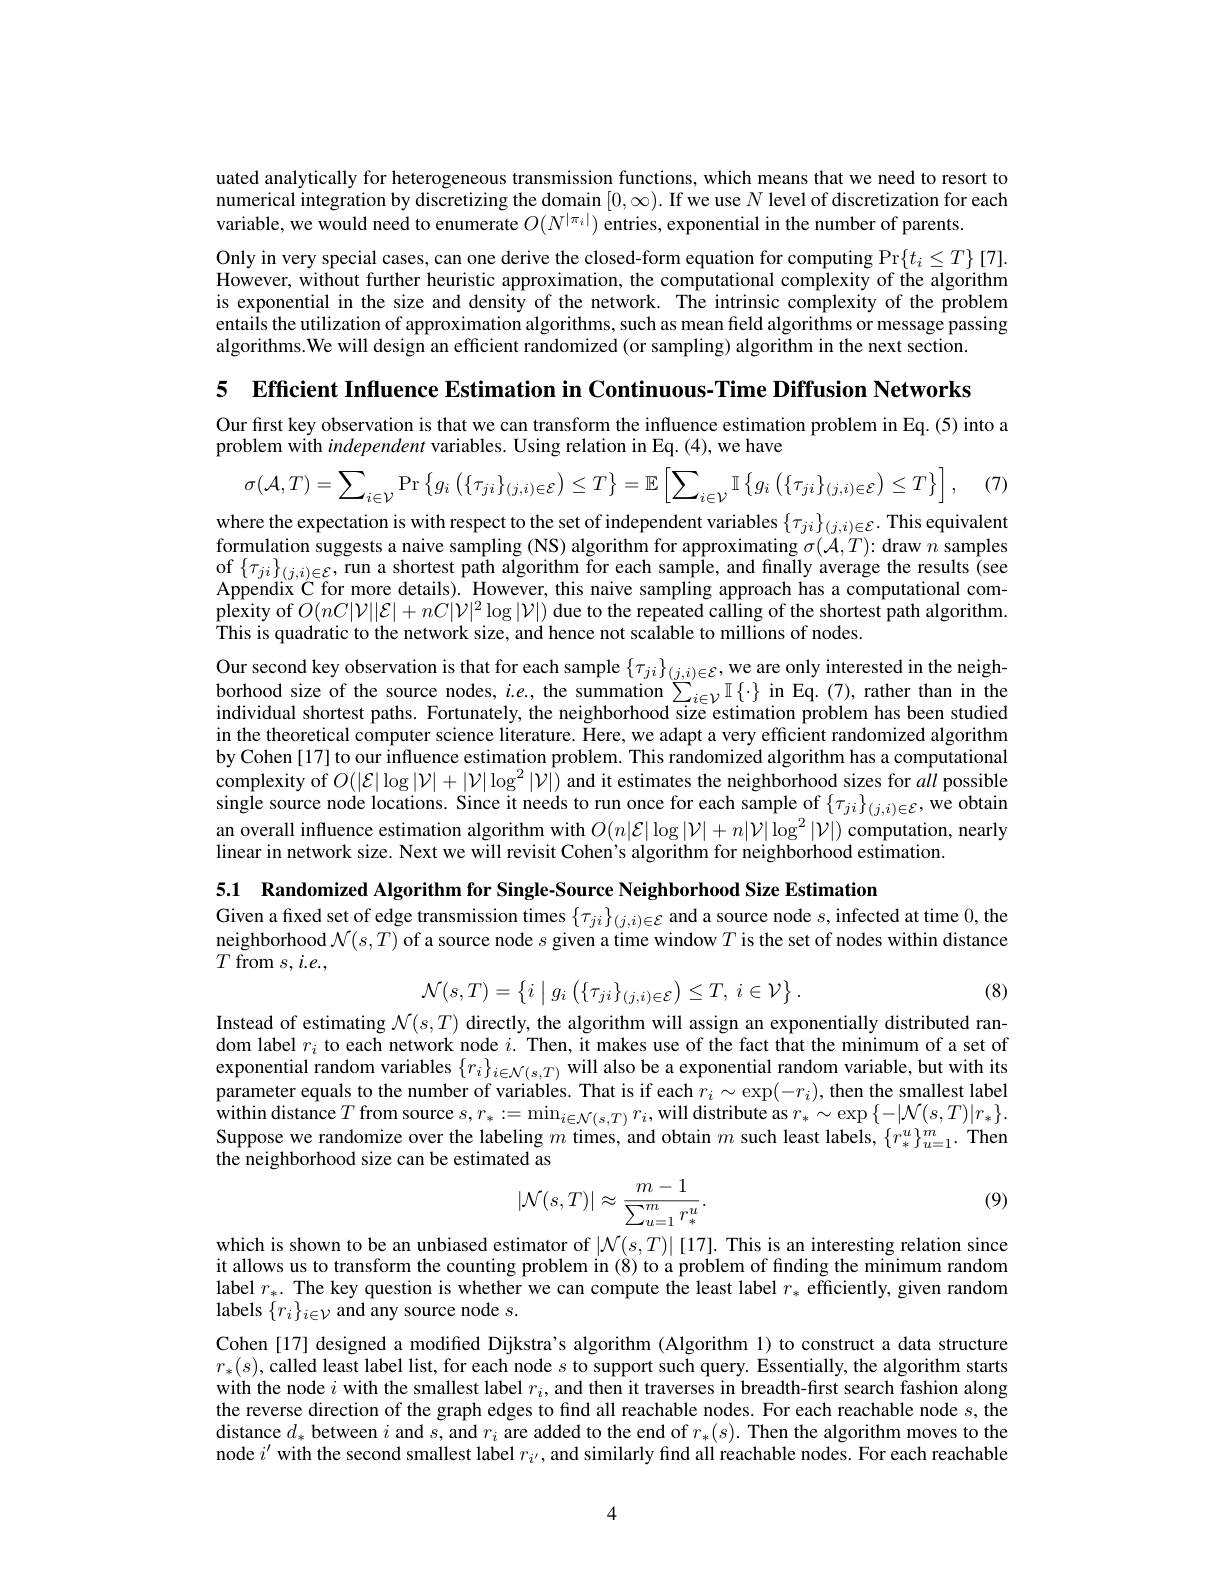
uated analytically for heterogeneous transmission functions, which means that we need to resort to numerical integration by discretizing the domain $[0,\infty).$ If we use $N$ level of discretization for each variable, we would need to enumerate $O(N^{|\pi_i|})$ entries, exponential in the number of parents.
Only in very special cases, can one derive the closed-form equation for computing Pr$\{t_i\leq T\}[7].$ However, without further heuristic approximation, the computational complexity of the algorithm is exponential in the size and density of the network. The intrinsic complexity of the problem entails the utilization of approximation algorithms, such as mean field algorithms or message passing algorithms.We will design an efficient randomized (or sampling) algorithm in the next section.

5 Efficient Influence Estimation in Continuous-Time Diffusion Network

Our first key observation is that we can transform the influence estimation problem in Eq. (5) into a
problem with independent variables. Using relation in Eq. (4), we have
$$\sigma(\mathcal{A},T)=\sum_{i\in\mathcal{V}}\mathrm{Pr}\left\{g_{i}\left(\{\tau_{ji}\}_{(j,i)\in\mathcal{E}}\right)\leq T\right\}=\mathbb{E}\left[\sum_{i\in\mathcal{V}}\mathbb{I}\left\{g_{i}\left(\{\tau_{ji}\}_{(j,i)\in\mathcal{E}}\right)\leq T\right\}\right],$$
where the expectation is with respect to the set of independent variables $\{\tau_{ji}\}_{(j,i)\in\mathcal{E}}.$ This equivalent formulation suggests a naive sampling (NS) algorithm for approximating $\sigma(\mathcal{A},T){:}$ draw $n$ samples of $\{\tau_{ji}\}_{(j,i)\in\mathcal{E}}$,run a shortest path algorithm for each sample, and finally average the results (see Appendix C for more details). However, this naive sampling approach has a computational complexity of $O(nC|\mathcal{V}||\mathcal{E}|+nC|\mathcal{V}|^2\log|\mathcal{V}|)$ due to the repeated calling of the shortest path algorithm. This is quadratic to the network size, and hence not scalable to millions of nodes.
Our second key observation is that for each sample $\{\tau_{ji}\}_{(j,i)\in\mathcal{E}}$,we are only interested in the neighborhood size of the source nodes, $i.e.$, the summation $\sum_i\in\mathcal{V}\mathbb{I}\left\{\cdot\right\}$ in Eq.(7), rather than in the individual shortest paths. Fortunately, the neighborhood size estimation problem has been studied in the theoretical computer science literature. Here, we adapt a very efficient randomized algorithm by Cohen [17] to our influence estimation problem. This randomized algorithm has a computational complexity of $O(|\mathcal{E}|\log|\mathcal{V}|+|\mathcal{V}|\log^2|\mathcal{V}|)$ and it estimates the neighborhood sizes for all possible single source node locations. Since it needs to run once for each sample of $\{\tau_{ji}\}_{(j,i)\in\mathcal{E}}$, we obtain an overall influence estimation algorithm with $O(n|\mathcal{E}|\log|\mathcal{V}|+n|\mathcal{V}|\log^2|\mathcal{V}|)$ computation, nearly linear in network size. Next we will revisit Cohen's algorithm for neighborhood estimation.

5.1 Randomized Algorithm for Single-Source Neighborhood Size Estimation

Given a fixed set of edge transmission times $\{\tau_{ji}\}_{(j,i)\in\mathcal{E}}$ and a source node $s$,infected at time 0,the neighborhood $\mathcal{N}(s,T)$ of a source node $s$ given a time window $T$ is the set of nodes within distance $T$ from $s,i.e.$,
$$\mathcal{N}(s,T)=\begin{Bmatrix}i&g_i\left(\{\tau_{ji}\}_{(j,i)\in\mathcal{E}}\right)\leq T,\:i\in\mathcal{V}\end{Bmatrix}.$$
(8)

Instead of estimating $\mathcal{N}(s,T)$ directly, the algorithm will assign an exponentially distributed random label $r_i$ to each network node $i.$ Then, it makes use of the fact that the minimum of a set of exponential random variables $\{r_i\}_{i\in\mathcal{N}(s,T)}$ will also be a exponential random variable, but with its $\begin{array}{l}\text{parameter equals to the number of variables. That is if each }r_{i}\sim\exp(-r_{i}),\text{then the smallest label}\\\text{within distance }T\text{ from source }s,r_{*}:=\min_{i\in\mathcal{N}(s,T)}r_{i},\text{will distribute as }r_{*}\sim\exp\left\{-|\mathcal{N}(s,T)|r_{*}\right\}.\\\end{array}$ Suppose we randomize over the labeling $m$ times, and obtain $m$ such least labels, $\{r_*^u\}_u=1^m.$ Then the neighborhood size can be estimated as

(9)
$$|\mathcal{N}(s,T)|\approx\frac{m-1}{\sum_{u=1}^mr_*^u}.$$
which is shown to be an unbiased estimator of $|\mathcal{N}(s,T)|$ [17]. This is an interesting relation since it allows us to transform the counting problem in (8) to a problem of finding the minimum random label $r_*.$ The key question is whether we can compute the least label $r_*$ efficiently, given random labels $\{r_i\}_{i\in\mathcal{V}}$ and any source node $s.$
Cohen [17] designed a modified Dijkstra's algorithm (Algorithm l) to construct a data structure $r_*(s)$, called least label list, for each node $s$ to support such query. Essentially, the algorithm starts with the node $i$ with the smallest label $r_i$, and then it traverses in breadth-first search fashion along the reverse direction of the graph edges to find all reachable nodes. For each reachable node $s$, the distance $d_*$ between $i$ and $s$, and $r_i$ are added to the end of $r_*(s).$ Then the algorithm moves to the node $i^{\prime}$ with the second smallest label $r_i^{\prime}$, and similarly find all reachable nodes. For each reachable

4